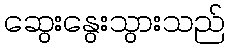
ဆွေးနွေးသွားသည်